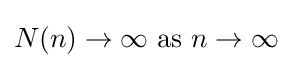
N(n)\rightarrow \infty {\text{ as }}n\rightarrow \infty